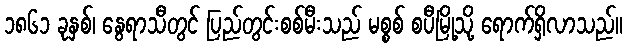
၁၈၆၁ ခုနှစ်၊ နွေရာသီတွင် ပြည်တွင်းစစ်မီးသည် မစ္စစ် စပီမြို့သို့ ရောက်ရှိလာသည်။